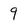
Character: 9